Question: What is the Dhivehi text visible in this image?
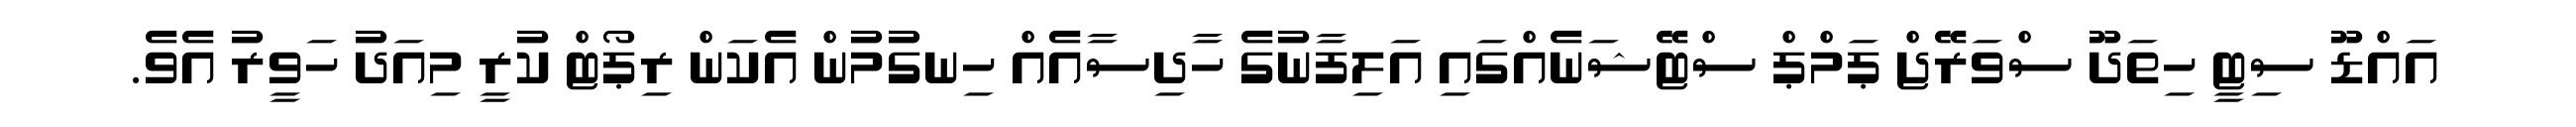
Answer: އައްޑޫ ސިޓީ ހިތަދޫ ސްވަރޭޖް ޕަމްޕް ސްޓޭޝަނެއްގައި އަލިފާނުގެ ހާދިސާއެއް ހިނގުމުން އެކަން ރިޕޯޓް ކުރީ މިއަދު ހަވީރު އެވެ.